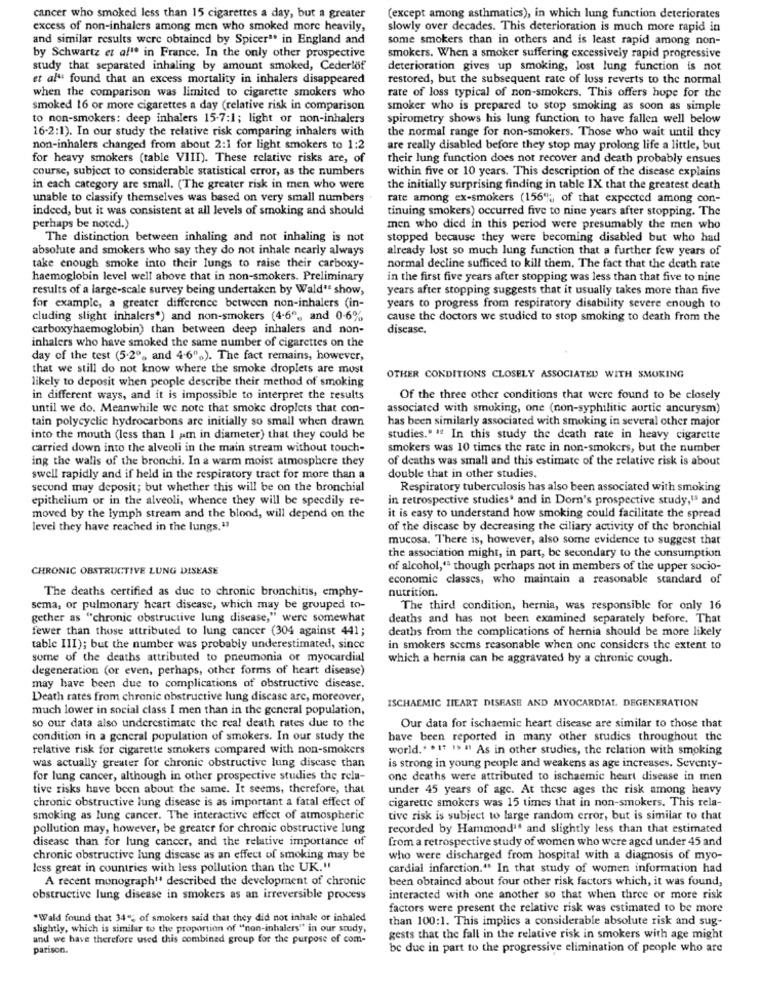
cancer who smoked less than 15 cigarettes a day, but a greater
(except among asthmatics), in which lung function deteriorates
excess of non-inhalers among men who smoked more heavily,
slowly over decades. This deterioration is much more rapid in
and similar results were obtained by Spicer" in England and
some smokers than in others and is least rapid among non-
by Schwartz et af" in France. In the only other prospective
smokers. When a smoker suffering excessively rapid progressive
study that separated inhaling by amount smoked, Cederlof
deterioration gives up smoking, lost lung function is not
et al" found that an excess mortality in inhalers disappeared
restored, but the subsequent rate of loss reverts to the normal
when the comparison was limited to cigarette smokers who
rate of loss typical of non-smokers. This offers hope for the
smoked 16 or more cigarettes a day (relative risk in comparison
smoker who is prepared to stop smoking as soon as simple
to non-smokers: deep inhalers 15-7:1; light or non-inhalers
spirometry shows his lung function to have fallen well below
16-2:1). In our study the relative risk comparing inhalers with
the normal range for non-smokers. Those who wait until they
non-inhalers changed from about 2:1 for light smokers to 1:2
are really disabled before they stop may prolong life a little, but
for heavy smokers (table VIII). These relative risks are, of
their lung function does not recover and death probably ensues
course, subject to considerable statistical error, as the numbers
within five or 10 years. This description of the disease explains
in each category are small. (The greater risk in men who were
the initially surprising finding in table IX that the greatest death
unable to classify themselves was based on very small numbers
rate among ex-smokers (156"% ;, of that expected among con-
indeed, but it was consistent at all levels of smoking and should
tinuing smokers) occurred five to nine years after stopping. The
perhaps be noted.)
men who died in this period were presumably the men who
The distinction between inhaling and not inhaling is not
stopped because they were becoming disabled but who had
absolute and smokers who say they do not inhale nearly always
already lost so much lung function that a further few years of
take enough smoke into their lungs to raise their carboxy-
normal decline sufficed to kill them. The fact that the death rate
haemoglobin level well above that in non-smokers. Preliminary
in the first five years after stopping was less than that five to nine
results of a large-scale survey being undertaken by Wald' show,
years after stopping suggests that it usually takes more than five
for example, a greater difference between non-inhalers (in-
years to progress from respiratory disability severe enough to
cluding slight inhalers*) and non-smokers (4-6", and 0-6%
cause the doctors we studied to stop smoking to death from the
carboxyhaemoglobin) than between deep inhalers and non-
disease.
inhalers who have smoked the same number of cigarettes on the
day of the test (5.2º, and 4-6""). The fact remains, however,
that we still do not know where the smoke droplets are must
likely to deposit when people describe their method of smoking
OTHER CONDITIONS CLOSELY ASSOCIATED WITH SMOKING
in different ways, and it is impossible to interpret the results
Of the three other conditions that were found to be closely
until we do. Meanwhile we note that smoke droplets that con-
associated with smoking, one (non-syphilitic aortic ancurysm)
tain polycyclic hydrocarbons are initially so small when drawn
has been similarly associated with smoking in several other major
into the mouth (less than I am in diameter) that they could be
studies." " In this study the death rate in heavy cigarette
carried down into the alveoli in the main stream without touch-
smokers was 10 times the rate in non-smokers, but the number
ing the walls of the bronchi. In a warm moist atmosphere they
of deaths was small and this estimate of the relative risk is about
swell rapidly and if held in the respiratory tract for more than a
double that in other studies.
secund may deposit; but whether this will be on the bronchial
Respiratory tuberculosis has also been associated with smoking
epithelium or in the alveoli, whence they will be speedily re-
in retrospective studies' and in Dor's prospective study,'s and
moved by the lymph stream and the blood, will depend on the
it is easy to understand how smoking could facilitate the spread
level they have reached in the lungs.13
of the discase by decreasing the ciliary activity of the bronchial
mucosa. There is, however, also some evidence to suggest that
the association might, in part, be secondary to the consumption
CHRONIC OBSTRUCTIVE LUNG DISEASE
of alcohol," though perhaps not in members of the upper socio-
economic classes, who maintain a reasonable standard of
The deaths certified as due to chronic bronchitis, emphy-
nutrition.
sema, or pulmonary heart disease, which may be grouped to-
The third condition, hernia, was responsible for only 16
gether as "chronic obstructive lung disease," were somewhat
deaths and has not been examined separately before. That
fewer than those attributed to lung cancer (304 against 441;
deaths from the complications of hernia should be more likely
table III); but the number was probably underestimated, since
in smokers seems reasonable when one considers the extent to
some of the deaths attributed to pneumonia or myocardial
which a hernia can be aggravated by a chronic cough.
degeneration (or even, perhaps, other forms of heart disease)
may have been due to complications of obstructive disease.
Death rates from chronic obstructive lung disease are, moreover,
ISCHAEMIC IHEART DISEASE AND MYOCARDIAL. DEGENERATION
much lower in social class I men than in the general population,
so our data also underestimate the real death rates due to the
Our data for ischaemic heart disease are similar to those that
condition in a general population of smokers. In our study the
have been reported in many other studies throughout the
relative risk for cigarette smokers compared with non-smokers
world .. . It I> # As in other studies, the relation with smoking
was actually greater for chronic obstructive lung disease than
is strong in young people and weakens as age increases. Seventy-
for lung cancer, although in other prospective studies the rela-
one deaths were attributed to ischaemic heart disease in men
tive risks have been about the same. It seems, therefore, that
under 45 years of age. At these ages the risk among heavy
chronic obstructive lung disease is as important a fatal effect of
cigarette smokers was 15 times that in non-smokers. This rela-
smoking as lung cancer. The interactive effect of atmospheric
tive risk is subject to large random error, but is similar to that
pollution may, however, be greater for chronic obstructive lung
recorded by Hammond" and slightly less than that estimated
disease than for lung cancer, and the relative importance of
from a retrospective study of women who were aged under 45 and
chronic obstructive lung disease as an effect of smoking may be
who were discharged from hospital with a diagnosis of myo-
less great in countries with less pollution than the UK."
cardial infarction." In that study of women information had
A recent monograph" described the development of chronic
been obtained about four other risk factors which, it was found,
obstructive lung disease in smokers as an irreversible process
interacted with one another so that when three or more risk
factors were present the relative risk was estimated to be more
"Wald found that 34", of smokers said that they did not inhale or inhaled
than 100:1. This implies a considerable absolute risk and sug-
slightly, which is similar to the proportion of "non-inhalers" in our study,
und we have therefore used this combined group for the purpose of com-
gests that the fall in the relative risk in smokers with age might
parison.
be due in part to the progressive elimination of people who are